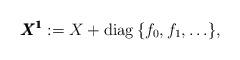
LaTeX: \begin{align*}{\pmb{X^1}}:=X + \operatorname{diag} \, \{ f_0 , f_1 , \ldots \} ,\end{align*}